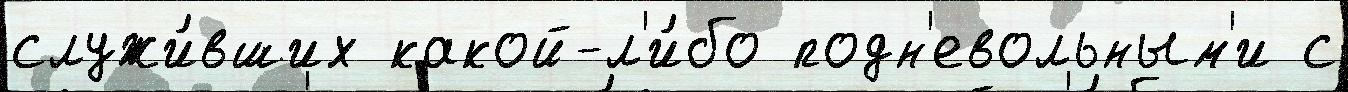
служи́вших какой-л'и́бо подн'евольным'и с